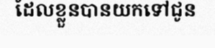
ដែលខ្លួនបានយកទៅជូន